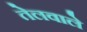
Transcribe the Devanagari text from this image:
तेलवाले